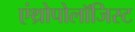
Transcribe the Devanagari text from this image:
एंथ्रोपोलॉजिस्ट